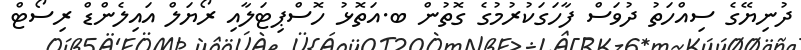
ދުނިޔޭގެ ސިއްހަތު ދުވަސް ފާހަގަކުރުމުގެ ގޮތުން ބ.އަތޮޅު ހޮސްޕިޓަލާއި ރޯޔަލް އައިލެންޑް ރިސޯޓް